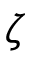
\zeta